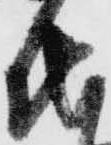
儀